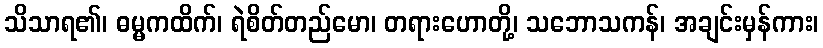
သိသာရ၏၊ ဓမ္မကထိက်၊ ရဲစိတ်တည်မော၊ တရားဟောတို့၊ သဘောသကန်၊ အချင်းမှန်ကား၊